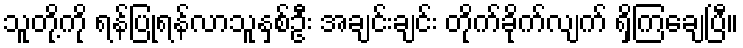
သူတို့ကို ရန်ပြုရန်လာသူနှစ်ဦး အချင်းချင်း တိုက်ခိုက်လျက် ရှိကြချေပြီ။